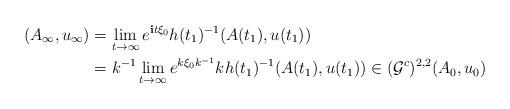
LaTeX: \begin{align*}(A_{\infty},u_{\infty}) &= \lim_{t\rightarrow \infty} e^{\textbf{i}t\xi_0} h(t_1)^{-1} (A(t_1), u(t_1)) \\&= k^{-1} \lim_{t\rightarrow \infty} e^{k\xi_0 k^{-1}} k h(t_1)^{-1} (A(t_1),u(t_1)) \in (\mathcal{G}^c)^{2,2}(A_0,u_0)\end{align*}